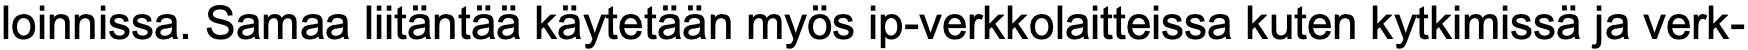
loinnissa. Samaa liitäntää käytetään myös ip-verkkolaitteissa kuten kytkimissä ja verk-